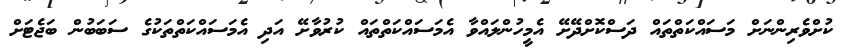
ކުށްވެރިންނަށް މަސައްކަތްތައް ދަސްކޮށްދޭށޭ އެމީހުންލައްވާ އެމަސައްކަތްތައް ކުރުވާށޭ އަދި އެމަސައްކަތްތަކުގެ ސަބަބުން ބަޖެޓަށް